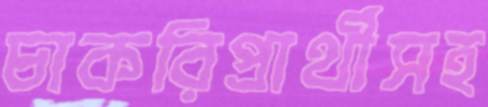
চাকরিপ্রার্থীসহ